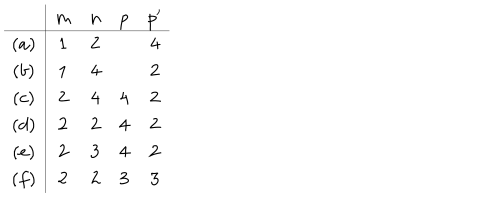
LaTeX: \begin{array} { c | c c c c } { { } } & { { m } } & { { n } } & { { p } } & { { p ^ { \prime } } } \\ \hline { { ( a ) } } & { { 1 } } & { { 2 } } & { { } } & { { 4 } } \\ { { ( b ) } } & { { 1 } } & { { 4 } } & { { } } & { { 2 } } \\ { { ( c ) } } & { { 2 } } & { { 4 } } & { { 4 } } & { { 2 } } \\ { { ( d ) } } & { { 2 } } & { { 2 } } & { { 4 } } & { { 2 } } \\ { { ( e ) } } & { { 2 } } & { { 3 } } & { { 4 } } & { { 2 } } \\ { { ( f ) } } & { { 2 } } & { { 2 } } & { { 3 } } & { { 3 } } \\ \end{array}